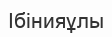
Ібінияұлы